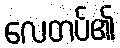
လေတပ်၏